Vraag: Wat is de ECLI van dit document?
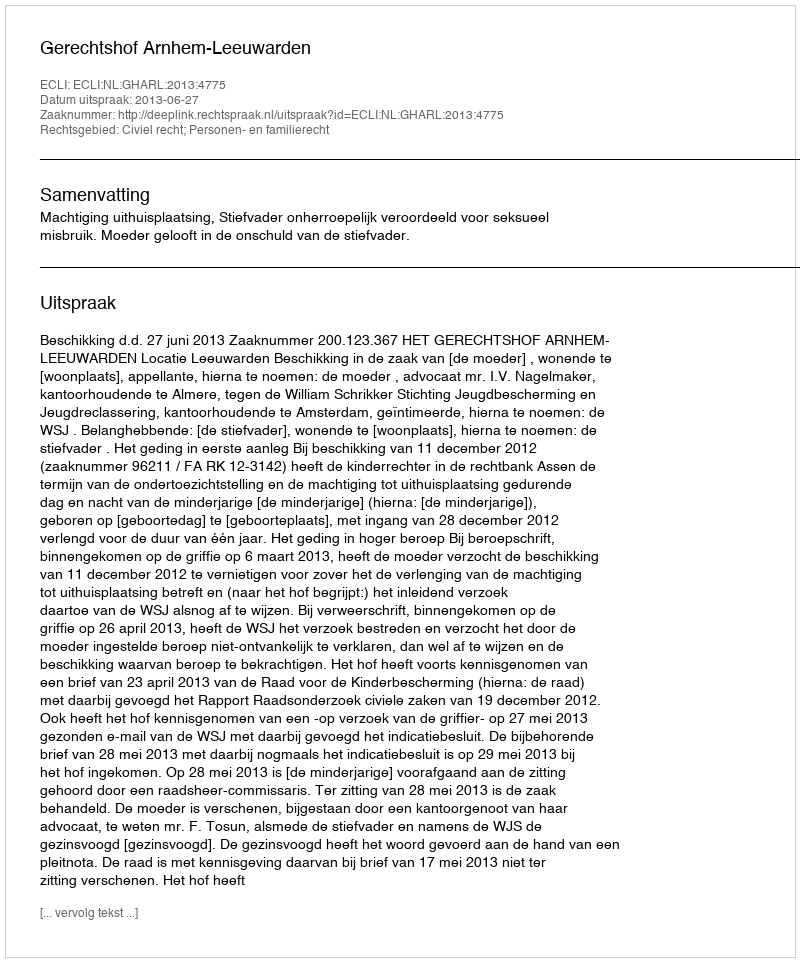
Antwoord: ECLI:NL:GHARL:2013:4775